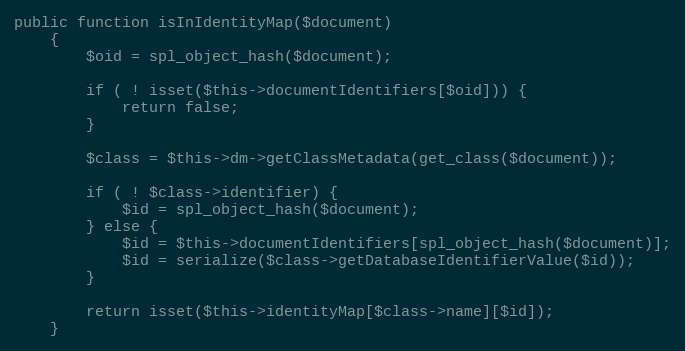
Language: PHP
public function isInIdentityMap($document)
    {
        $oid = spl_object_hash($document);

        if ( ! isset($this->documentIdentifiers[$oid])) {
            return false;
        }

        $class = $this->dm->getClassMetadata(get_class($document));

        if ( ! $class->identifier) {
            $id = spl_object_hash($document);
        } else {
            $id = $this->documentIdentifiers[spl_object_hash($document)];
            $id = serialize($class->getDatabaseIdentifierValue($id));
        }

        return isset($this->identityMap[$class->name][$id]);
    }